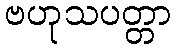
ဗဟုသပတ္တာ